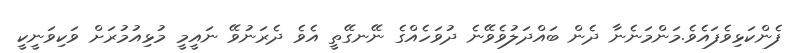
ފެންކަޅިވެފައެވެ.މަންމަނެނާ ދެން ބައްދަލުވެވޭނެ ދުވަހެއްގެ ނޭނގޭތީ އެވެ ދެރަނުވޭ ނައީމީ މުޅިއުމުރަށް ވަކިވަނީކީ